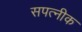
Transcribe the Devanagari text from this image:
सपत्‍नीक